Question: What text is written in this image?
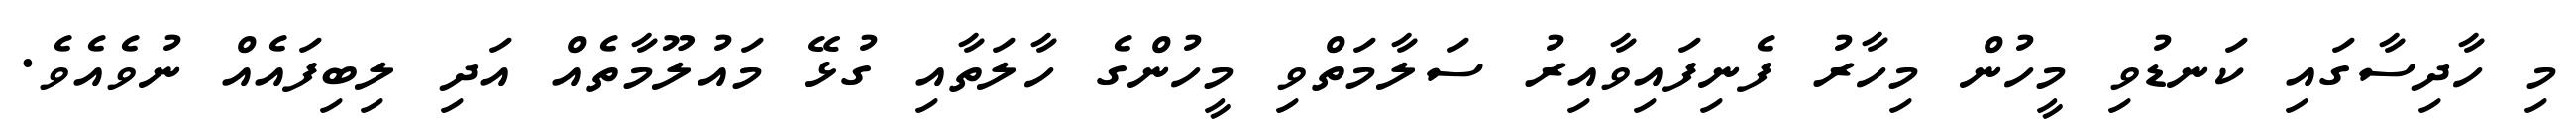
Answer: މި ހާދިސާގައި ކަނޑުވި މީހުން މިހާރު ފެނިފައިވާއިރު ސަލާމަތްވި މީހުންގެ ހާލަތާއި ގުޅޭ މައުލޫމާތެއް އަދި ލިބިފައެއް ނުވެއެވެ.